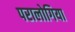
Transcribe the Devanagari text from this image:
परालोगिया